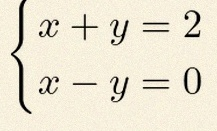
\begin{cases}x+y=2\\x-y=0\end{cases}